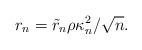
LaTeX: \begin{align*}r_n = \tilde{r}_n \rho \kappa_n^2/\sqrt n.\end{align*}